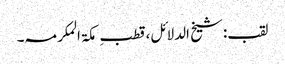
لقب:شیخ الدلائل،قطبِ مکۃ المکرمہ۔